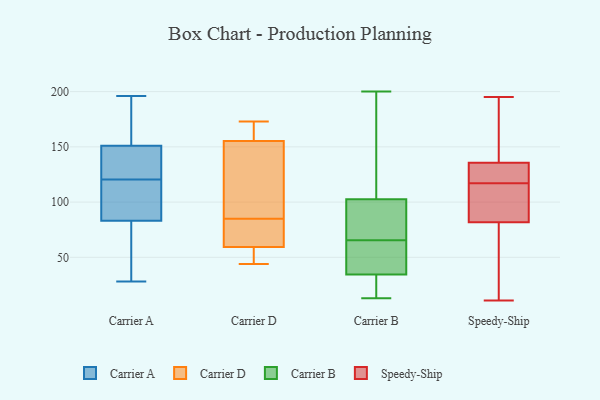
{"axis": {"x": "Conversion Rate (%)", "y": "Value"}, "legend": ["Carrier A", "Carrier B", "Carrier D", "Speedy-Ship"], "data": [{"x": "", "y": 123, "type": "Carrier A"}, {"x": "", "y": 196, "type": "Carrier A"}, {"x": "", "y": 132, "type": "Carrier A"}, {"x": "", "y": 175, "type": "Carrier A"}, {"x": "", "y": 69, "type": "Carrier A"}, {"x": "", "y": 28, "type": "Carrier A"}, {"x": "", "y": 118, "type": "Carrier A"}, {"x": "", "y": 33, "type": "Carrier A"}, {"x": "", "y": 169, "type": "Carrier A"}, {"x": "", "y": 133, "type": "Carrier A"}, {"x": "", "y": 97, "type": "Carrier A"}, {"x": "", "y": 118, "type": "Carrier A"}, {"x": "", "y": 101, "type": "Carrier D"}, {"x": "", "y": 173, "type": "Carrier D"}, {"x": "", "y": 171, "type": "Carrier D"}, {"x": "", "y": 156, "type": "Carrier D"}, {"x": "", "y": 54, "type": "Carrier D"}, {"x": "", "y": 85, "type": "Carrier D"}, {"x": "", "y": 44, "type": "Carrier D"}, {"x": "", "y": 45, "type": "Carrier D"}, {"x": "", "y": 77, "type": "Carrier D"}, {"x": "", "y": 153, "type": "Carrier D"}, {"x": "", "y": 75, "type": "Carrier D"}, {"x": "", "y": 52, "type": "Carrier B"}, {"x": "", "y": 79, "type": "Carrier B"}, {"x": "", "y": 91, "type": "Carrier B"}, {"x": "", "y": 26, "type": "Carrier B"}, {"x": "", "y": 45, "type": "Carrier B"}, {"x": "", "y": 109, "type": "Carrier B"}, {"x": "", "y": 200, "type": "Carrier B"}, {"x": "", "y": 43, "type": "Carrier B"}, {"x": "", "y": 13, "type": "Carrier B"}, {"x": "", "y": 22, "type": "Carrier B"}, {"x": "", "y": 159, "type": "Carrier B"}, {"x": "", "y": 96, "type": "Carrier B"}, {"x": "", "y": 39, "type": "Speedy-Ship"}, {"x": "", "y": 195, "type": "Speedy-Ship"}, {"x": "", "y": 130, "type": "Speedy-Ship"}, {"x": "", "y": 166, "type": "Speedy-Ship"}, {"x": "", "y": 11, "type": "Speedy-Ship"}, {"x": "", "y": 110, "type": "Speedy-Ship"}, {"x": "", "y": 152, "type": "Speedy-Ship"}, {"x": "", "y": 96, "type": "Speedy-Ship"}, {"x": "", "y": 129, "type": "Speedy-Ship"}, {"x": "", "y": 117, "type": "Speedy-Ship"}, {"x": "", "y": 96, "type": "Speedy-Ship"}, {"x": "", "y": 24, "type": "Speedy-Ship"}, {"x": "", "y": 124, "type": "Speedy-Ship"}]}